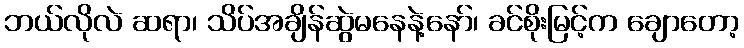
ဘယ်လိုလဲ ဆရာ၊ သိပ်အချိန်ဆွဲမနေနဲ့နော်၊ ခင်စိုးမြင့်က ချောတော့